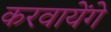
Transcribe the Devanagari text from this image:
करवायेंगे